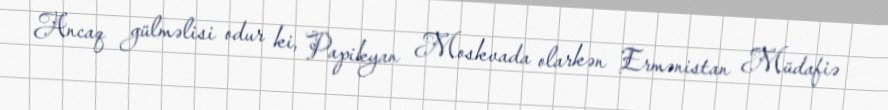
Ancaq gülməlisi odur ki, Papikyan Moskvada olarkən Ermənistan Müdafiə